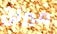
ميرلن